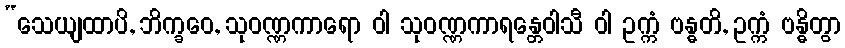
“သေယျထာပိ, ဘိက္ခဝေ, သုဝဏ္ဏကာရော ဝါ သုဝဏ္ဏကာရန္တေဝါသီ ဝါ ဥက္ကံ ဗန္ဓတိ, ဥက္ကံ ဗန္ဓိတွာ